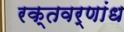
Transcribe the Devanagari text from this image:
रक्तवर्णांध